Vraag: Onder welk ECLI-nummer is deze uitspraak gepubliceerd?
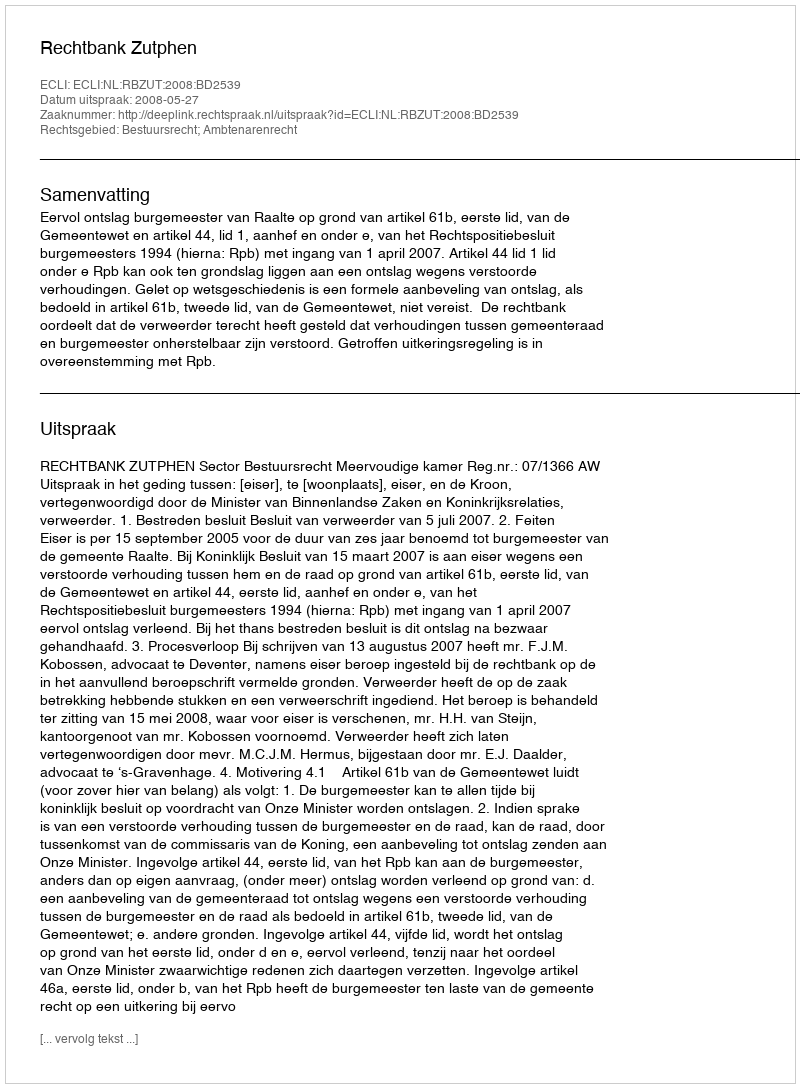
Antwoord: ECLI:NL:RBZUT:2008:BD2539